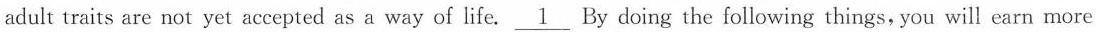
adult traits are not yet accepted asa way of life. \underline{1} By doing the following things, you will earn more